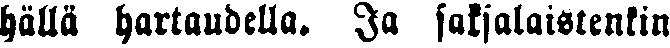
hällä hartaudella. Ja saksalaistenkin